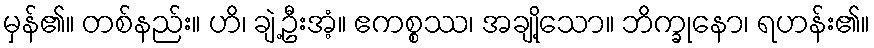
မှန်၏။ တစ်နည်း။ ဟိ၊ ချဲ့ဦးအံ့။ ဧကစ္စဿ၊ အချို့သော။ ဘိက္ခုနော၊ ရဟန်း၏။